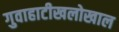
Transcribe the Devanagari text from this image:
गुवाहाटीखलोखाल